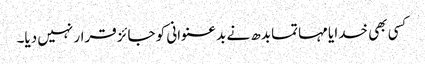
کسی بھی خدا یا مہاتما بدھ نے بد عنوانی کو جائز قرار نہیں دیا۔